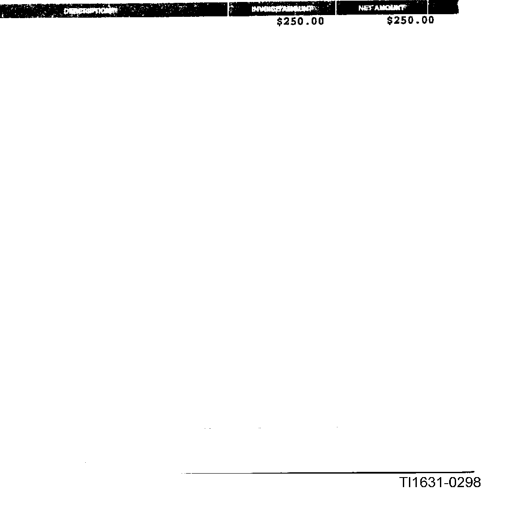
Transcript:
DESCRIPTION
INVOICE AMOUNT
NET AMOUNT
$250.00
$250.00
TI1631-0298